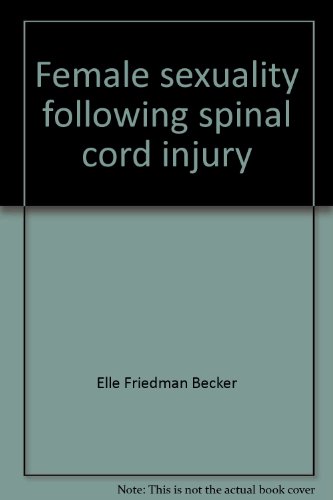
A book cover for Female sexuality following spinal cord injury; Elle Friedman Becker; Health, Fitness & Dieting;